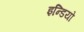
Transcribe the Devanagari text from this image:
इन्डियो